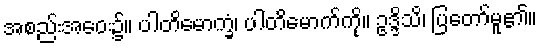
အစည်းအဝေး၌။ ပါတိမောက္ခံ၊ ပါတိမောက်ကို။ ဥဒ္ဒိသိ၊ ပြတော်မူ၏။